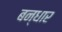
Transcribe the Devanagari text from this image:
बन्धार